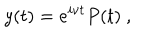
y ( t ) = e ^ { i \nu t } P ( t ) \ ,